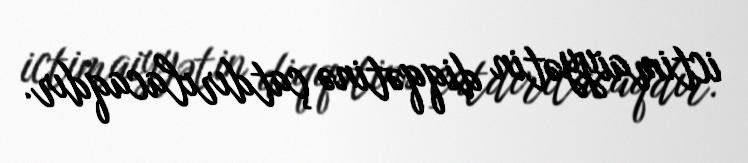
ictimaiyyətin diqqətinə çatdırılacaqdır.